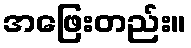
အဖြေးတည်း။